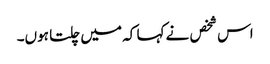
اس شخص نے کہا کہ میں چلتا ہوں۔